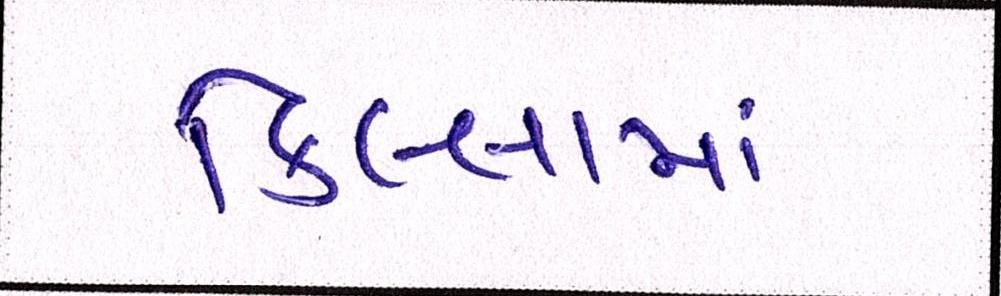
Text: કિલ્લામાં